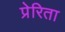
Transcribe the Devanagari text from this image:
प्रेरिता